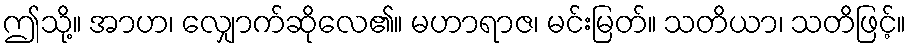
ဤသို့။ အာဟ၊ လျှောက်ဆိုလေ၏။ မဟာရာဇ၊ မင်းမြတ်။ သတိယာ၊ သတိဖြင့်။